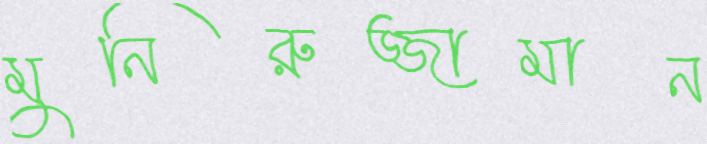
মুনিরুজ্জামান